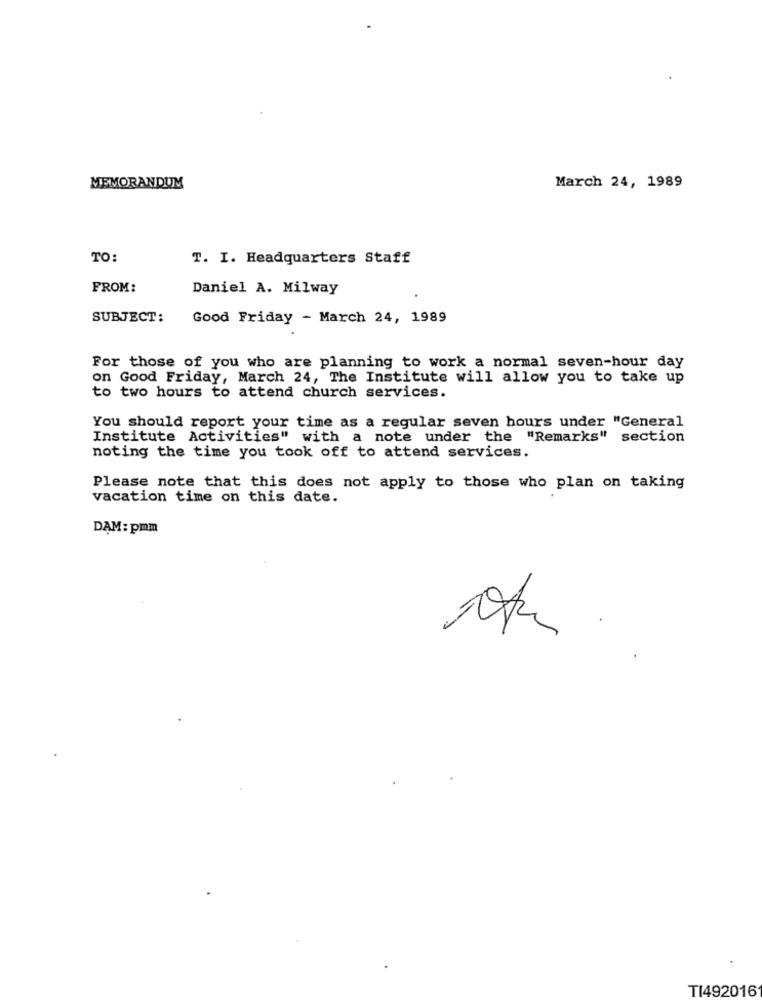
March 24, 1989
MEMORANDUM
TO:
T. I. Headquarters Staff
FROM:
Daniel A. Milway
SUBJECT:
Good Friday - March 24, 1989
For those of you who are planning to work a normal seven-hour day
on Good Friday, March 24, The Institute will allow you to take up
to two hours to attend church services.
You should report your time as a regular seven hours under "General
Institute Activities" with a note under the "Remarks" section
noting the time you took off to attend services.
Please note that this does not apply to those who plan on taking
vacation time on this date.
DAM: pmm
TI492016